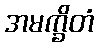
အမက္ခိတံ